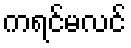
ကရင်မလင်